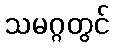
သမဂ္ဂတွင်